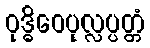
ဝုဒ္ဓိဝေပုလ္လပ္ပတ္တံ